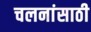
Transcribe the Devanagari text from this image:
चलनांसाठी